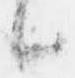
候